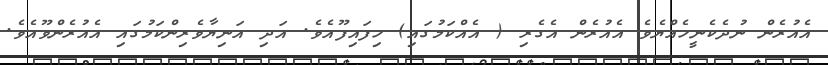
އެއުރެން ނުދެކެނީހެއްޔެވެ އެއުރެން އެގެރި ( އެއްކަމުގައި) ހިފައިފޫއެވެ. އަދި އަނިޔާވެރިންކަމުގައި އެއުރެންވޫއެވެ.